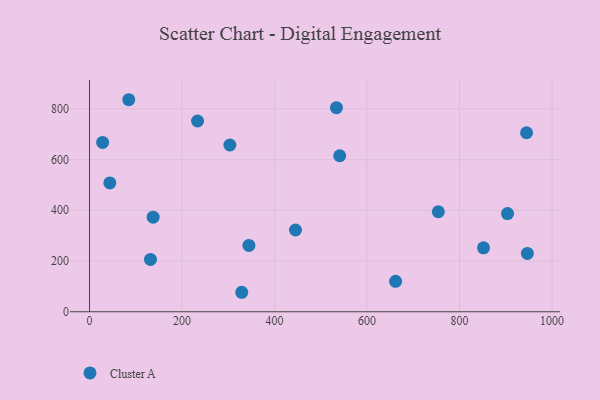
{"axis": {"x": "Investment", "y": "Profit"}, "legend": ["Cluster A"], "data": [{"x": "445.2", "y": 322.3, "type": "Cluster A"}, {"x": "754.0", "y": 394.3, "type": "Cluster A"}, {"x": "329.0", "y": 76.8, "type": "Cluster A"}, {"x": "137.5", "y": 373.0, "type": "Cluster A"}, {"x": "946.5", "y": 230.0, "type": "Cluster A"}, {"x": "131.7", "y": 206.1, "type": "Cluster A"}, {"x": "303.4", "y": 657.3, "type": "Cluster A"}, {"x": "233.5", "y": 752.0, "type": "Cluster A"}, {"x": "84.8", "y": 835.8, "type": "Cluster A"}, {"x": "533.8", "y": 804.5, "type": "Cluster A"}, {"x": "661.6", "y": 119.9, "type": "Cluster A"}, {"x": "851.7", "y": 251.9, "type": "Cluster A"}, {"x": "43.9", "y": 507.9, "type": "Cluster A"}, {"x": "903.6", "y": 386.9, "type": "Cluster A"}, {"x": "28.3", "y": 667.4, "type": "Cluster A"}, {"x": "344.5", "y": 261.3, "type": "Cluster A"}, {"x": "944.7", "y": 705.7, "type": "Cluster A"}, {"x": "540.8", "y": 614.9, "type": "Cluster A"}]}